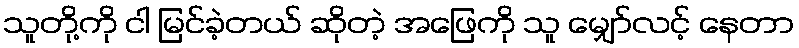
သူတို့ကို ငါ မြင်ခဲ့တယ် ဆိုတဲ့ အဖြေကို သူ မျှော်လင့် နေတာ